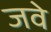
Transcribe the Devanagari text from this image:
जवे